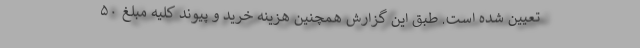
تعیین شده است. طبق این گزارش همچنین هزینه خرید و پیوند کلیه مبلغ ۵۰